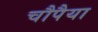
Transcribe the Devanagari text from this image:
चौपैया